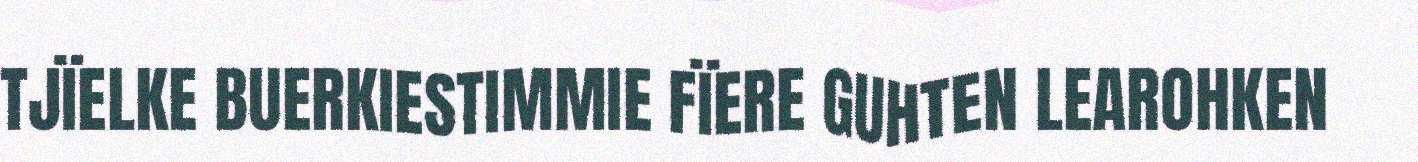
TJÏELKE BUERKIESTIMMIE FÏERE GUHTEN LEAROHKEN